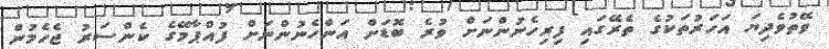
ވޭތުވެދިޔަ އަހަރުތަކުގެ ތެރޭގައި ފިރިހެނުންނަށް ވުރެ ބޮޑަށް އަންހެނުންނަށް ފުއްޕާމޭގެ ކެންސަރު ޖެހެމުން